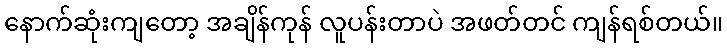
နောက်ဆုံးကျတော့ အချိန်ကုန် လူပန်းတာပဲ အဖတ်တင် ကျန်ရစ်တယ်။